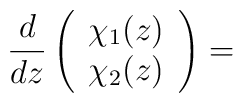
\frac{d}{dz}\left (\begin{array}{rr}\chi_1 (z)\\\chi_2 (z)\end{array}\right) =